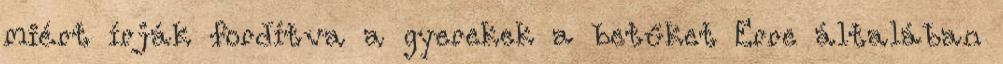
miért írják fordítva a gyerekek a betűket Erre általában